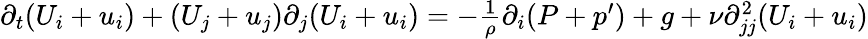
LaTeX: \begin{array}{r}{\partial_{t}(U_{i}+u_{i})+(U_{j}+u_{j})\partial_{j}(U_{i}+u_{i})=-\frac{1}{\rho}\partial_{i}(P+p^{\prime})+g+\nu\partial_{jj}^{2}(U_{i}+u_{i})}\end{array}